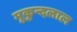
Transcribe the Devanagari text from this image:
मुकुन्दलाल